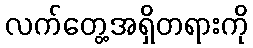
လက်တွေ့အရှိတရားကို